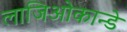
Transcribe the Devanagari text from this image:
लाजिओकान्डे